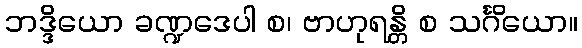
ဘဒ္ဒိယော ခဏ္ဍဒေပါ စ၊ ဗာဟုရန္တိ စ သင်္ဂိယော။